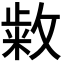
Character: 𭤆